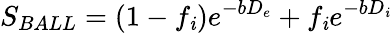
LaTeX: S_{BALL}=(1-f_{\mathit{i}})e^{-bD_{e}}+f_{\mathit{i}}e^{-bD_{\mathit{i}}}